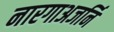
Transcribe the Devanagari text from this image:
नारगाअजर्नि